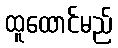
ထူထောင်မည်